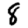
Digit: 8